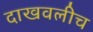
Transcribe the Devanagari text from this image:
दाखवलीच